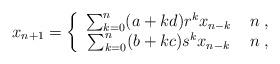
LaTeX: \begin{align*}x_{n+1} = \left\{\begin{array}{cc}\sum_{k=0}^n(a+kd)r^kx_{n-k}&\; n\;,\\\sum_{k=0}^n(b+kc)s^kx_{n-k}&\; n\;,\\\end{array}\right.\end{align*}